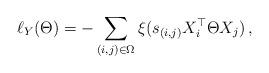
LaTeX: \begin{align*}\ell_Y(\Theta) = -\sum_{(i,j) \in \Omega} \xi(s_{(i,j)} X_i^\top \Theta X_j)\, ,\end{align*}